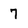
Character: 7